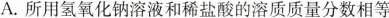
A.所用氢氧化钠溶液和稀盐酸的溶质质量分数相等